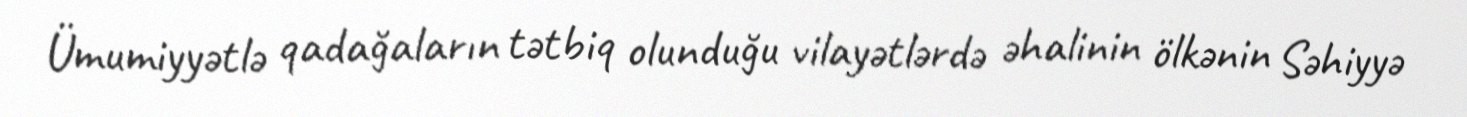
Ümumiyyətlə qadağaların tətbiq olunduğu vilayətlərdə əhalinin ölkənin Səhiyyə